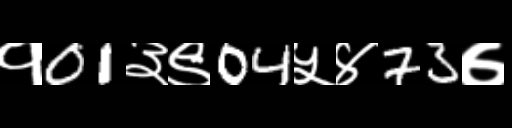
Text: १01३९04५४73७